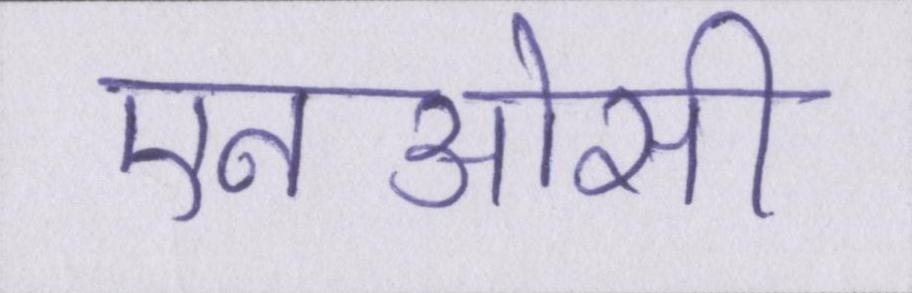
एनओसी